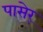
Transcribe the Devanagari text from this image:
पासेर्